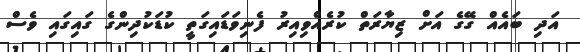
އަދި ބައެއް ގޭގެ އަށް ޒިޔާރަތް ކުރެއްވިއިރު ފެނިވަޑައިގަތީ ކުޑަކުދިންގެ ގައިގައި ވެސް